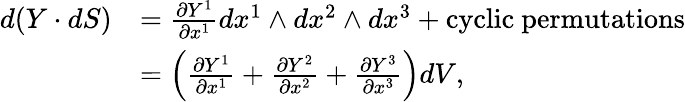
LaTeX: \begin{array}{rl}{d(Y\cdot dS)}&{=\frac{\partial Y^{1}}{\partial x^{1}}dx^{1}\wedge dx^{2}\wedge dx^{3}+\mathrm{cyclic~permutations}}\\ &{=\left(\frac{\partial Y^{1}}{\partial x^{1}}+\frac{\partial Y^{2}}{\partial x^{2}}+\frac{\partial Y^{3}}{\partial x^{3}}\right)dV,}\end{array}